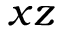
x z